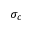
\sigma _ { c }